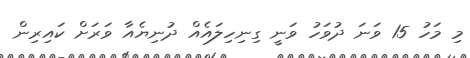
މި މަހު 15 ވަނަ ދުވަހު ވަނީ ގިނިހިލައެއް ދުނިޔެއާ ވަރަށް ކައިރިން